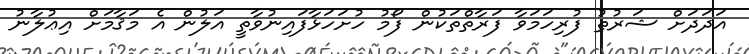
އަދަދަށް ޝަރުޠު ފުރިހަމަވާ ފަރާތްތަކުން ފޯމު ހުށަހަޅާފައިނުވާތީ އަލުން އެ މަޤާމަށް އިޢުލާނު